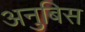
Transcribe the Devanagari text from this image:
अनुबिस